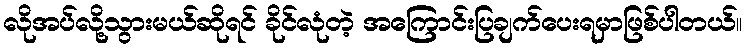
လိုအပ်လို့သွားမယ်ဆိုရင် ခိုင်လုံတဲ့ အကြောင်းပြချက်ပေးရမှာဖြစ်ပါတယ်။